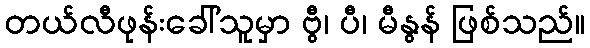
တယ်လီဖုန်းခေါ်သူမှာ ဗွီ၊ ပီ၊ မီနွန် ဖြစ်သည်။